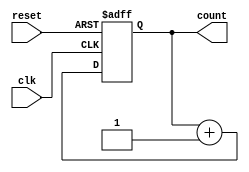
module async_reset_sync_counter #(
    parameter N = 4  // Parameter for N-bit width, default is 4 bits
)(
    input wire clk,          // Clock input
    input wire reset,        // Asynchronous reset input
    output reg [N-1:0] count // N-bit counter output
);

// Always block for counter behavior
always @(posedge clk or posedge reset) begin
    if (reset) begin
        count <= {N{1'b0}}; // Reset count to 0
    end else begin
        count <= count + 1; // Increment count
    end
end

endmodule